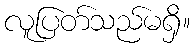
လူပြတ်သည်မရှိ။